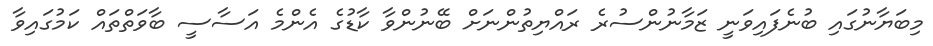
މިބަޔާނުގައި ބުނެފައިވަނީ ޒަމާނުންސުރެ ރައްޔިތުންނަށް ބޭނުންވާ ކާޑުގެ އެންމެ އަސާސީ ބާވަތްތައް ކަމުގައިވާ